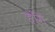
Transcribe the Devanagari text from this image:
हेमि